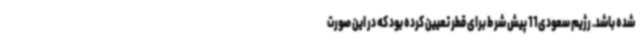
شده باشد. رژیم سعودی11 پیش شرط برای قطر تعیین کرده بود که در این صورت